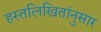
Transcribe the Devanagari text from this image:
हस्तलिखितांनुसार